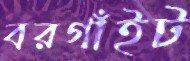
বরগাঁইট